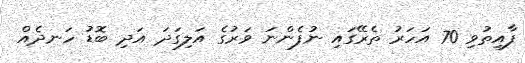
ފާއިތުވި 70 އަހަރު ތެރޭގައި ނުފެންނަ ވަރުގެ އަލިގަދަ އަދި ބޮޑު ހަނދެއް